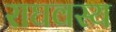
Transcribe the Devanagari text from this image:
राघवस्य